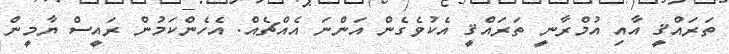
ތަރައްޤީ އާއި އުމްރާނީ ތަރައްޤީ އެކުވެގެން އަންނަ އެއްޗެއް. އެހެންކަމުން ރައީސް ޔާމީން